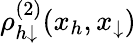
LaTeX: \rho_{h\downarrow}^{(2)}(x_{h},x_{\downarrow})